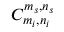
C _ { m _ { i } , n _ { i } } ^ { m _ { s } , n _ { s } }